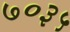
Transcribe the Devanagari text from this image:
७०३५